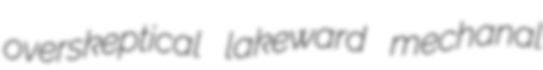
overskeptical lakeward mechanal